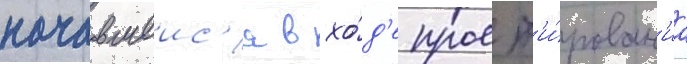
начавшеис'я в хо́д'е проект'и́рован'иа